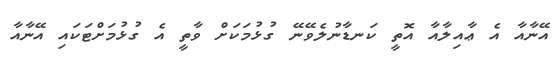
އޭނާއާ އެ ޢާއިލާއާ އޮތީ ކަނޑާނުލެވޭނޭ ގުޅުމަކަށް ވާތީ އެ ގުޅުމަށްޓަކައި އޭނާއާ